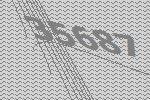
35687